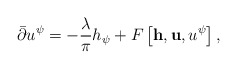
\begin{align*}\bar{\partial} u^\psi = -{\lambda\over\pi} h_{\psi } + F\left[{\bf h},{\bf u}, u^\psi\right] ,\end{align*}